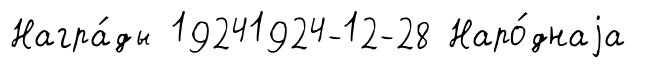
Награ́ды 19241924-12-28 Наро́днаjа